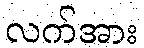
လက်အား